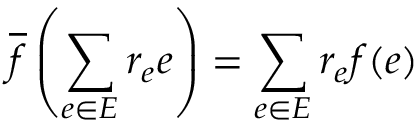
{ \overline { { f } } } \left( \sum _ { e \in E } r _ { e } e \right) = \sum _ { e \in E } r _ { e } f ( e )